Civil Veterinary Department. United Provinces 1932-42 - 1932-1942
Year: 1932
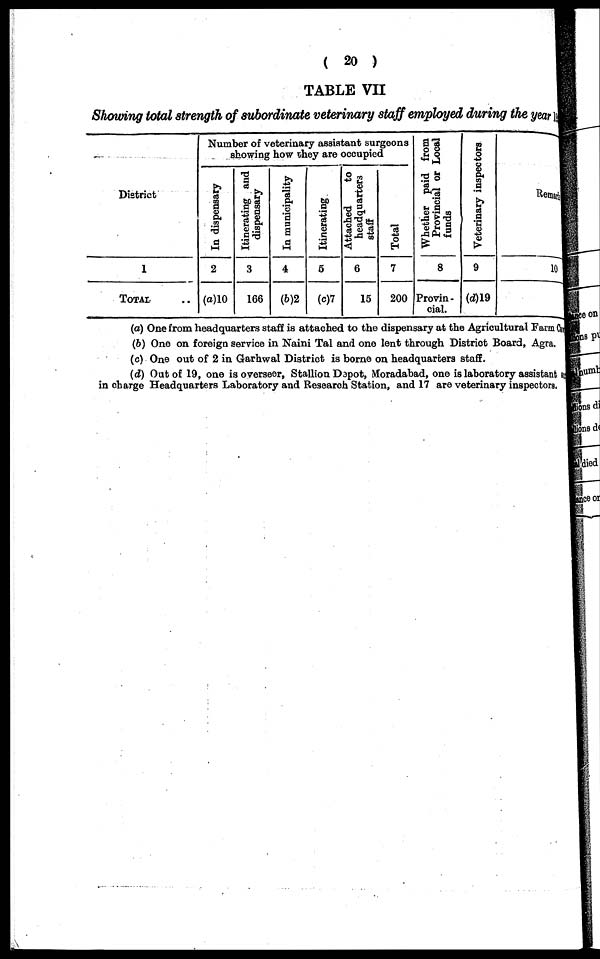
(20)
TABLE VII
Showing total strength of subordinate veterinary staff employed during the year
District
1
TOTAL ..
Number of veterinary assistant surgeons
showing how they are occupied
In dispensary
2
(a)10
Itinerating and
dispensary
3
166
In municipality
4
(b)2
Itinerating
6
(c)7
Attached
to
headquarters
staff
6
15
Total
7
200
Whether paid from
Provincial or Local
funds
8
Provin -
cial.
Veterinary inspectors
9
(d)19
Remarks
10
(a) One from headquarters staff is attached to the dispensary at the Agricultural Farm Car
(b) One on foreign service in Naini Tal and one lent through District Board, Agra.
(c) One out of 2 in Garhwal District is borne on headquarters staff.
(d) Oat of 19, one is overseer, Stallion Dapot, Moradabad, one is laboratory assistant
in charge Headquarters Laboratory and Research Station, and 17 are veterinary inspectors.